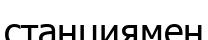
станциямен